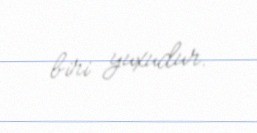
biri yuxudur.